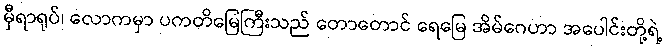
မှီရာရုပ်၊ လောကမှာ ပကတိမြေကြီးသည် တောတောင် ရေမြေ အိမ်ဂေဟာ အပေါင်းတို့ရဲ့